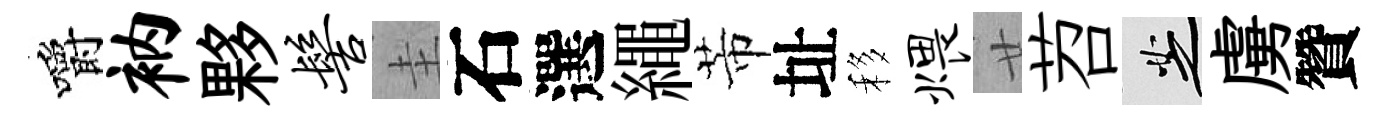
嚼衲夥髻圭石選繩芾址移煨廿苕芝虜贊